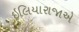
ઇલિયારાજાએ